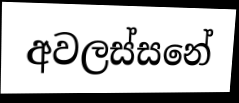
අවලස්සනේ